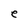
Character: e